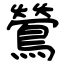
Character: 鶯